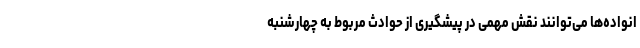
انواده‌ها می‌توانند نقش مهمی در پیشگیری از حوادث مربوط به چهارشنبه